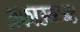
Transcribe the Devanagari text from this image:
अकाउन्टन्ट